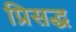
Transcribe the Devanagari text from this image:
प्रिसद्ध